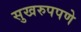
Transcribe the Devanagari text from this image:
सुखरुपपणे